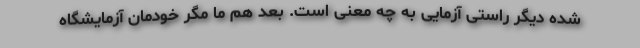
شده دیگر راستی آزمایی به چه معنی است. بعد هم ما مگر خودمان آزمایشگاه